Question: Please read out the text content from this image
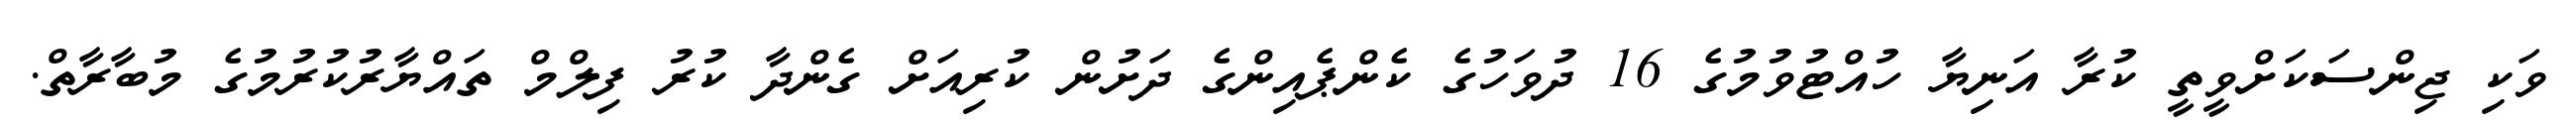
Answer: ވަކި ޖިންސަކަށްވީތީ ކުރާ އަނިޔާ ހުއްޓުވުމުގެ 16 ދުވަހުގެ ކެންޕެއިންގެ ދަށުން ކުރިއަށް ގެންދާ ކުރު ފިލްމް ތައްޔާރުކުރުމުގެ މުބާރާތް.